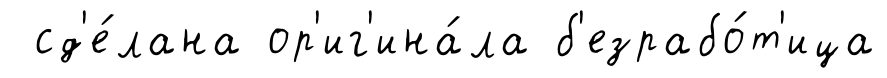
сд'е́лана ор'иг'ина́ла б'езрабо́т'ица